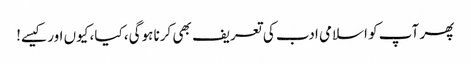
پھر آپ کو اسلامی ادب کی تعریف بھی کرنا ہوگی، کیا، کیوں اور کیسے!